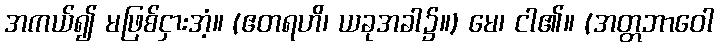
အကယ်၍ မဖြစ်ငှားအံ့။ (ဧတရဟိ၊ ယခုအခါ၌။) မေ၊ ငါ၏။ (အတ္တဘာဝေါ